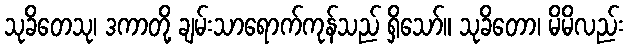
သုခိတေသု၊ ဒကာတို့ ချမ်းသာရောက်ကုန်သည် ရှိသော်။ သုခိတော၊ မိမိလည်း